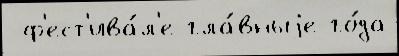
 ф'ест'ива́л'е гла́вныjе го́да